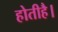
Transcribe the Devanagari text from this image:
होतीहै।